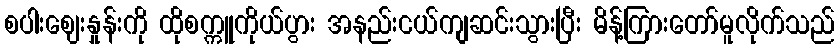
စပါးဈေးနှုန်းကို ထိုစက္ကူကိုယ်ပွား အနည်းငယ်ကျဆင်းသွားပြီး မိန့်ကြားတော်မူလိုက်သည်